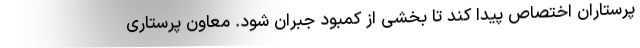
پرستاران اختصاص پیدا کند تا بخشی از کمبود جبران شود. معاون پرستاری